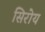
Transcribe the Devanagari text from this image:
सिरोय